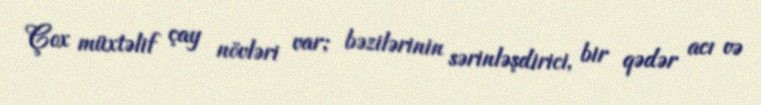
Çox müxtəlif çay növləri var; bəzilərinin sərinləşdirici, bir qədər acı və